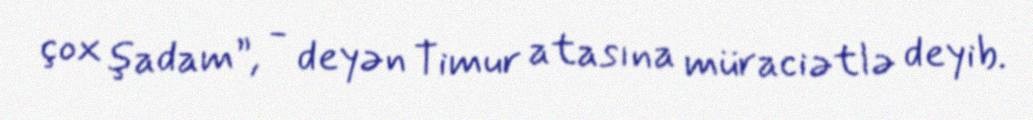
çox şadam”, - deyən Timur atasına müraciətlə deyib.